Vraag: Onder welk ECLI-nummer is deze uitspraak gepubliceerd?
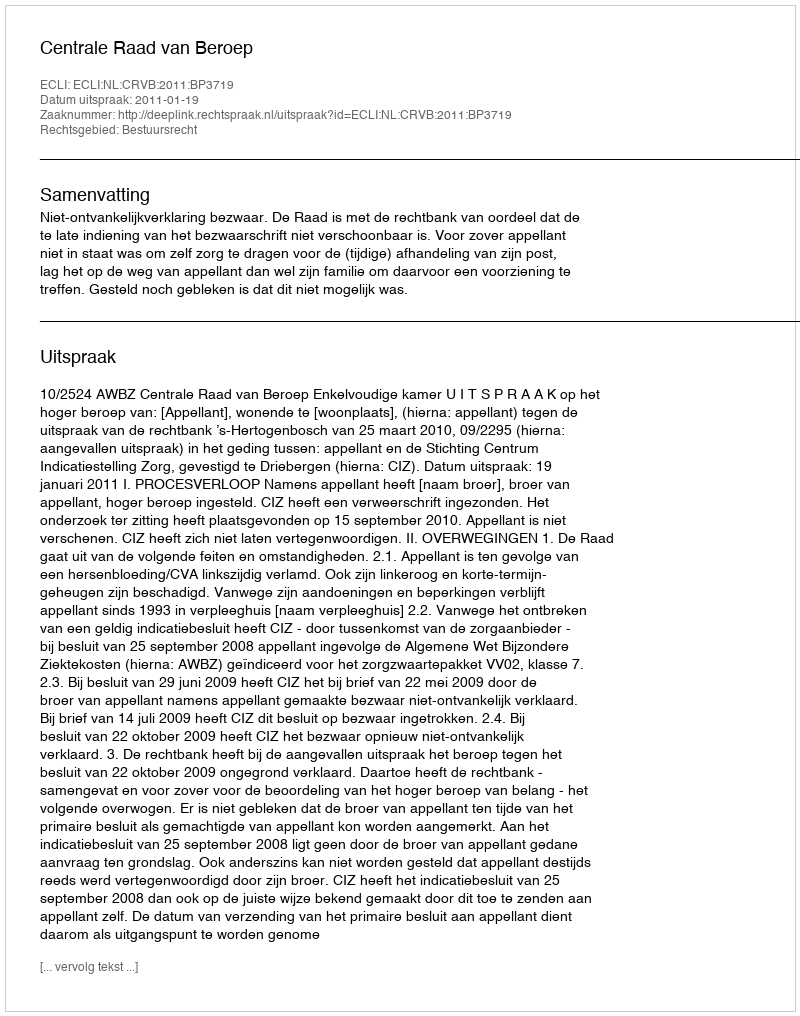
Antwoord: ECLI:NL:CRVB:2011:BP3719